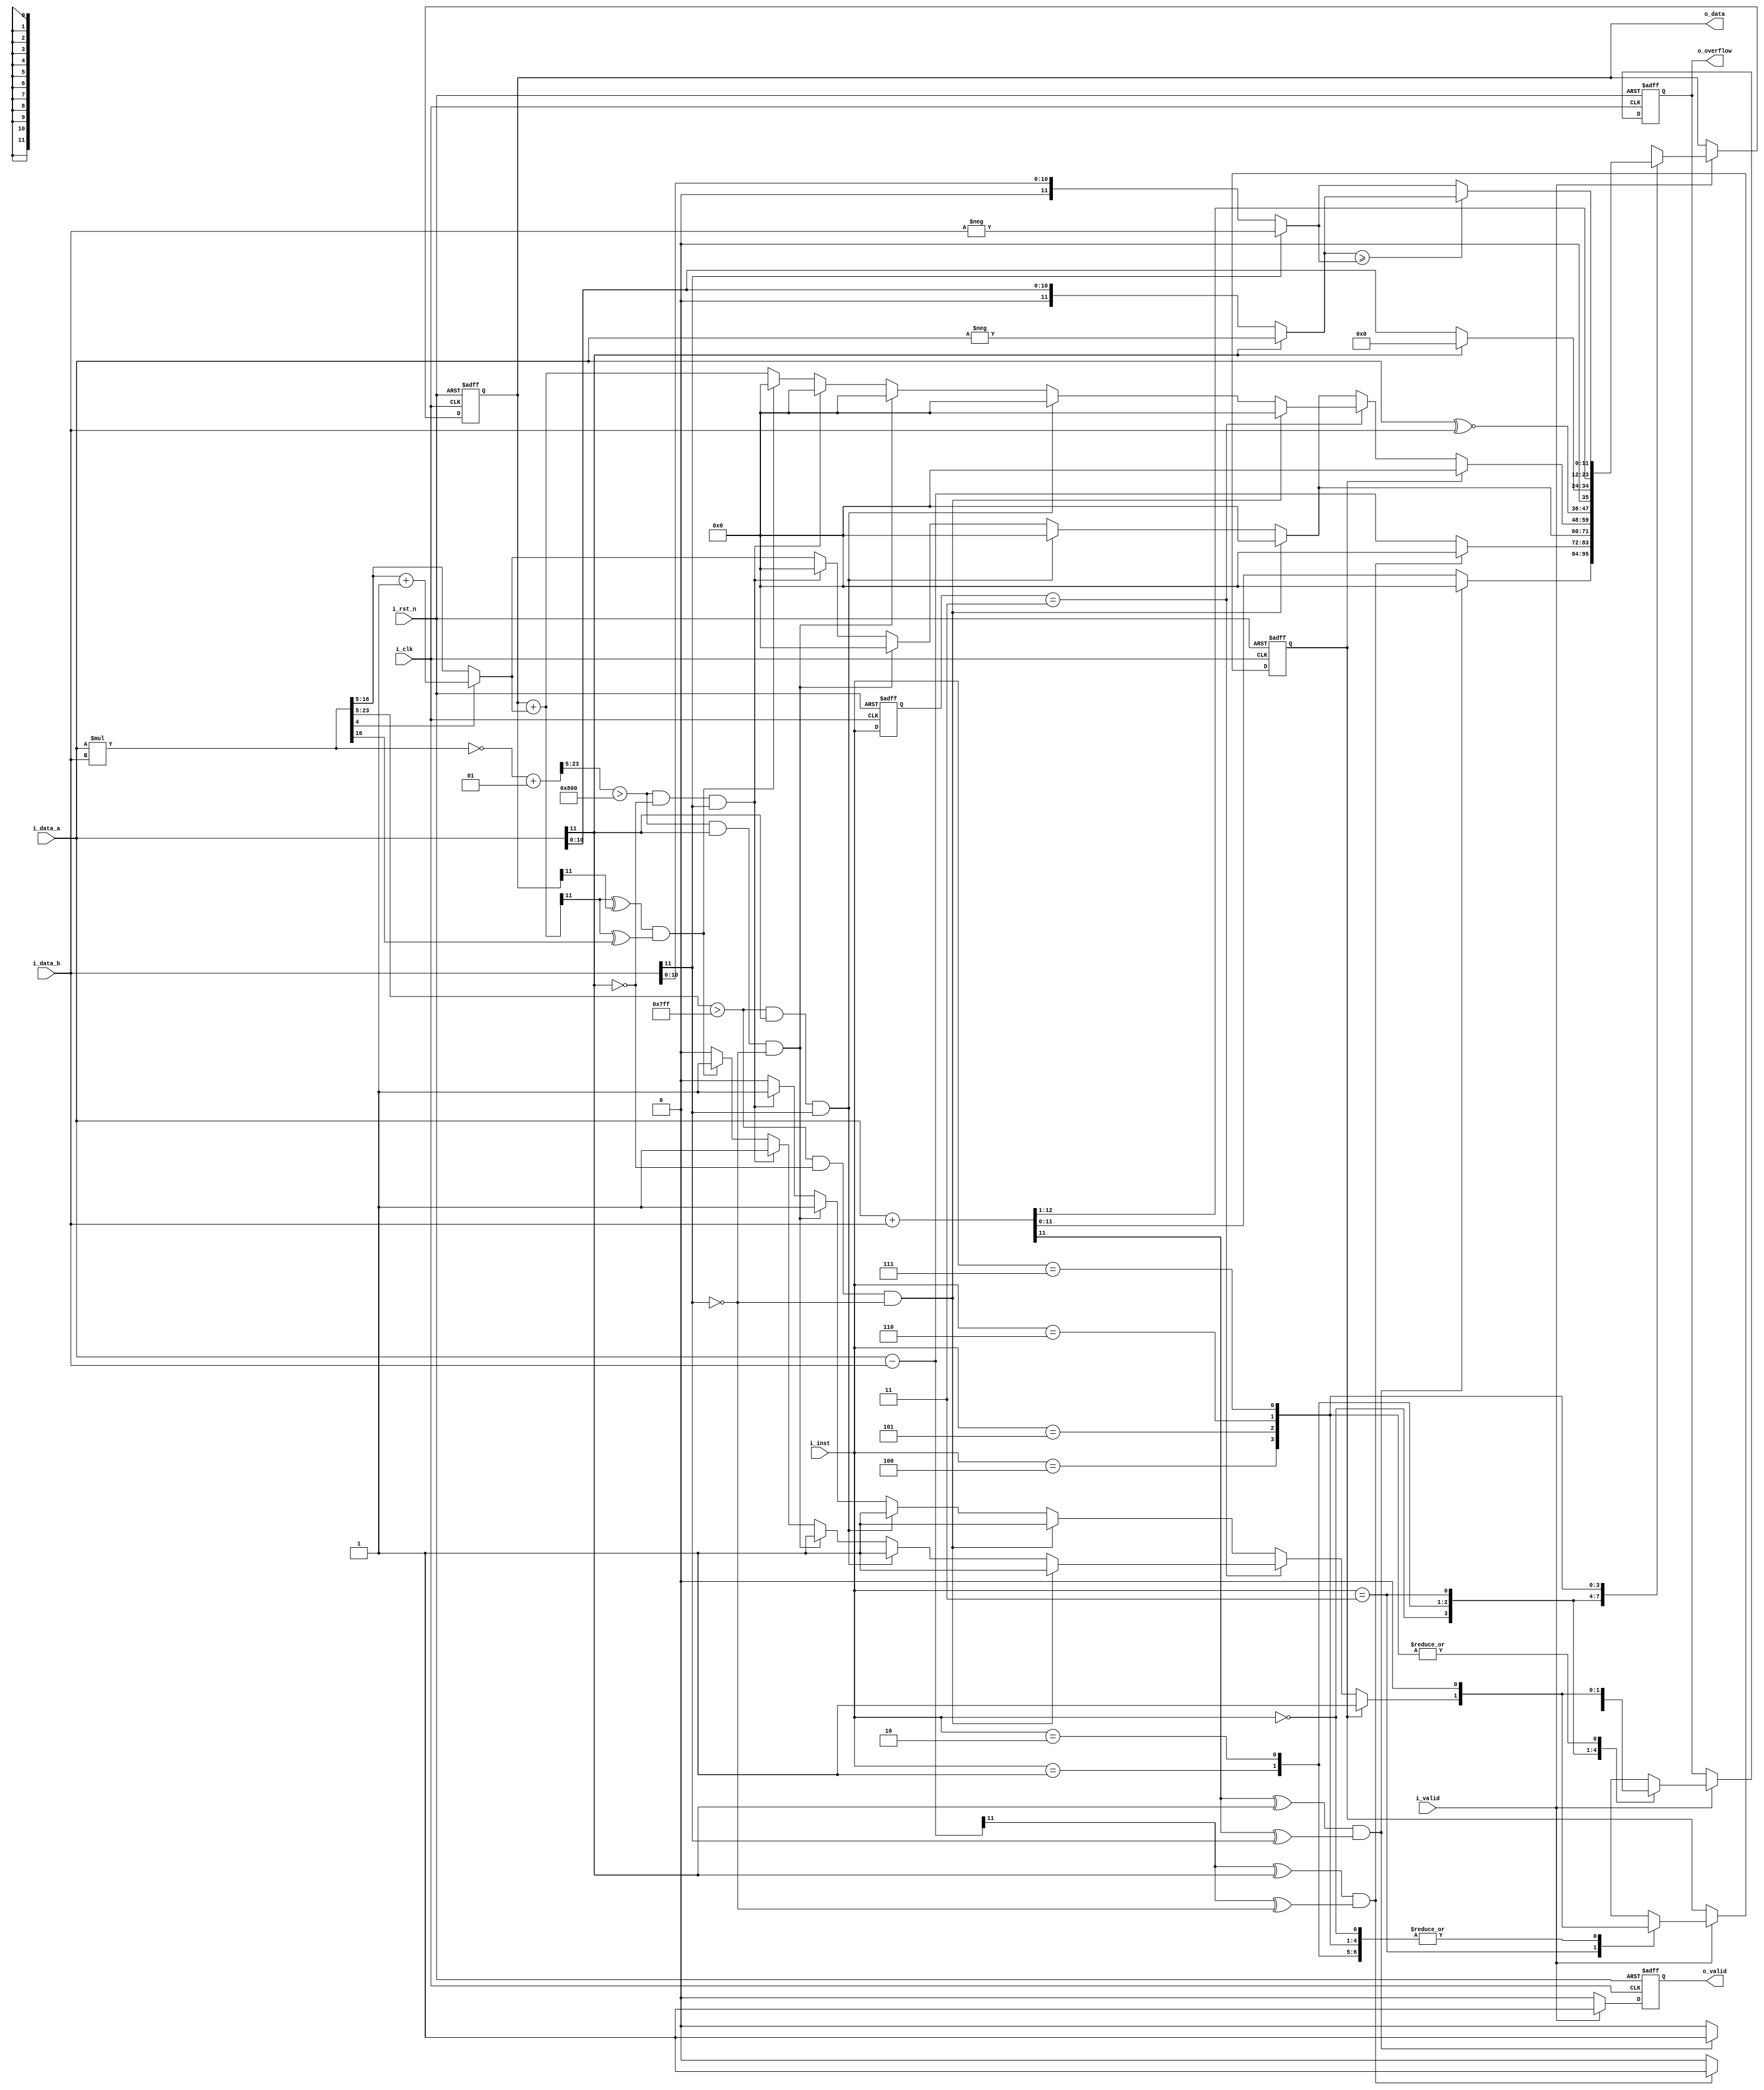
module alu (
    input               i_clk,
    input               i_rst_n,
    input               i_valid,
    input signed [11:0] i_data_a,
    input signed [11:0] i_data_b,
    input        [2:0]  i_inst,
    output              o_valid,
    output       [11:0] o_data,
    output              o_overflow
);
    
// ---------------------------------------------------------------------------
// Wires and Registers
// ---------------------------------------------------------------------------
reg  [11:0] o_data_w, o_data_r;
reg         o_valid_w, o_valid_r;
reg         o_overflow_w, o_overflow_r;
// ---- Add your own wires and registers here if needed ---- //
wire signed  [23:0]result[0:7];
wire signed  [11:0]result2;
reg [2:0]last_inst_w,last_inst_r;
reg mac_overflow_w,mac_overflow_r;
wire [11:0]abs_i_data_a,abs_i_data_b;
wire signed  [23:0] invert_result2;
// ---------------------------------------------------------------------------
// Continuous Assignment
// ---------------------------------------------------------------------------
assign o_valid = o_valid_r;
assign o_data = o_data_r;
assign o_overflow = o_overflow_r;
// ---- Add your own wire data assignments here if needed ---- //
assign result[0] = i_data_a + i_data_b;
assign result[1] = i_data_a - i_data_b;
assign result[2] = i_data_a*i_data_b;
assign result2 = (result[2][4])?result[2][16:5]+1:result[2][16:5];  //a*b after rounded
assign invert_result2 = ~result[2]+1; //if(result2<0),get its absolute value by two's complement
assign result[3] =o_data_r + result2;
assign result[4] = (i_data_a~^i_data_b);
assign result[5] = (!i_data_a[11])?i_data_a:0;
assign result[6] = i_data_a + i_data_b;

assign abs_i_data_a = (~i_data_a[11])?i_data_a:-i_data_a;
assign abs_i_data_b = (~i_data_b[11])?i_data_b:-i_data_b;


// ---------------------------------------------------------------------------
// Combinational Blocks
// ---------------------------------------------------------------------------
// ---- Write your conbinational block design here ---- //
always@(*) begin   
    o_overflow_w = 1'b0;
    o_valid_w = o_valid_r;
    last_inst_w = i_inst;
    mac_overflow_w = 1'b0;
    if(i_valid)begin
        o_data_w = 0;
        o_valid_w = 1'b1;
        case (i_inst)
            
            3'b000:begin//Signed Addition
                if((result[0][11]^i_data_a[11]) & (result[0][11]^i_data_b[11]))begin//using xor to judge overflow
                    o_overflow_w = 1;
                end
                else begin
                    o_data_w = result[0][11:0];
                    o_overflow_w = 0;
                end
            end 
            3'b001:begin//Signed Subtraction

                if((result[1][11]^i_data_a[11]) & (result[1][11]^(!i_data_b[11])))begin//using xor to judge overflow
                    o_overflow_w = 1;
                end
                else begin
                    o_data_w = result[1][11:0];
                    o_overflow_w = 0;
                end
            end
            3'b010:begin//Signed Multiplication
                if (result[2][23:5] > 2047 & !i_data_a[11] &!i_data_b[11]) begin    //a:+  b:+ 
                    o_overflow_w = 1; 
                end
                else if (result[2][23:5] > 2047 & i_data_a[11] &i_data_b[11])begin //a:-  b:- 
                    o_overflow_w = 1; 
                end
                else if (invert_result2[23:5] > 2048 & i_data_a[11] & !i_data_b[11])begin//a:-  b:+
                    o_overflow_w = 1;
                end
                else if (invert_result2[23:5] > 2048 & !i_data_a[11] & i_data_b[11])begin//a:+  b:- 
                    o_overflow_w = 1;
                end
                else begin
                    o_data_w = result2;
                end
            end
            3'b011:begin //MAC
                mac_overflow_w = mac_overflow_r;
                if(mac_overflow_r)begin             //once the overflow is detected
                    o_overflow_w = 1'b1;
                    mac_overflow_w = 1'b1;

                end
                else if(last_inst_r == 3'b011)begin //not first meet instruction MAC
                    if (result[2][23:5] > 2047 & !i_data_a[11] &!i_data_b[11]) begin    //a:+  b:+ 
                        o_overflow_w = 1; 
                        mac_overflow_w = 1;
                    end
                    else if (result[2][23:5] > 2047 & i_data_a[11] &i_data_b[11])begin //a:-  b:- 
                        o_overflow_w = 1; 
                        mac_overflow_w = 1;
                    end
                    else if (invert_result2[23:5] > 2048 & i_data_a[11] &!i_data_b[11])begin//a:-  b:+
                        o_overflow_w = 1;
                        mac_overflow_w = 1;
                    end
                    else if (invert_result2[23:5] > 2048 & !i_data_a[11] &i_data_b[11])begin//a:+  b:- 
                        o_overflow_w = 1;
                        mac_overflow_w = 1;
                    end
                    else if((result[3][11]^o_data_r[11]) & (result[3][11]^result[2][16]))begin
                        o_overflow_w = 1;
                        mac_overflow_w = 1;
                    end
                    
                    else begin
                        o_data_w = result[3];
                    end
                end
                else begin                          //first meet instruction MAC
                    if (result[2][23:5] > 2047 & !i_data_a[11] &!i_data_b[11]) begin    //a:+  b:+ 
                        o_overflow_w = 1; 
                        mac_overflow_w = 1;
                    end
                    else if (result[2][23:5] > 2047 & i_data_a[11] &i_data_b[11])begin //a:-  b:- 
                        o_overflow_w = 1; 
                        mac_overflow_w = 1;
                    end
                    else if (invert_result2[23:5] > 2048 & i_data_a[11] &!i_data_b[11])begin//a:-  b:+
                        o_overflow_w = 1;
                        mac_overflow_w = 1;
                    end
                    else if (invert_result2[23:5] > 2048 & !i_data_a[11] &i_data_b[11])begin//a:+  b:- 
                        o_overflow_w = 1;
                        mac_overflow_w = 1;
                    end
                    else begin
                        o_data_w = result2;
                    end
                end
            end
            3'b100:begin//XNOR
                o_data_w = result[4];
            end
            3'b101:begin//ReLU
                o_data_w = result[5];
            end
            3'b110:begin//Mean
                o_data_w = result[6][12:1];
            end
            3'b111:begin//Absolute Max
                if(abs_i_data_a>=abs_i_data_b)begin
                    o_data_w = abs_i_data_a;      
                end
                else begin
                    o_data_w = abs_i_data_b;
                end
            end
            default: begin
                
            end
        endcase
    end
    else begin
        o_valid_w = 1'b0;
        o_data_w = o_data_r;
        o_overflow_w = o_overflow_r;
        mac_overflow_w = mac_overflow_r;
    end
end




// ---------------------------------------------------------------------------
// Sequential Block
// ---------------------------------------------------------------------------
// ---- Write your sequential block design here ---- //
always@(posedge i_clk or negedge i_rst_n) begin
    if(!i_rst_n) begin
        o_data_r <= 0;
        o_overflow_r <= 0;
        o_valid_r <= 0;
        last_inst_r <= 0;
        mac_overflow_r <= 0;

    end else begin
        o_data_r <= o_data_w;
        o_overflow_r <= o_overflow_w;
        o_valid_r <= o_valid_w;
        last_inst_r <= last_inst_w;
        mac_overflow_r <= mac_overflow_w ;
    end
end


endmodule